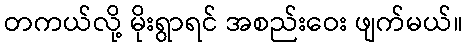
တကယ်လို့ မိုးရွာရင် အစည်းဝေး ဖျက်မယ်။